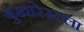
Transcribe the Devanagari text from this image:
बुखारेस्टला